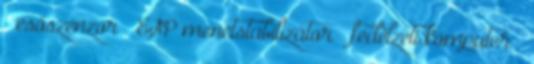
– esőszenzor – ESP menetstabilizátor – fedélzeti komputer –